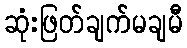
ဆုံးဖြတ်ချက်မချမီ